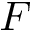
\boldsymbol { F }